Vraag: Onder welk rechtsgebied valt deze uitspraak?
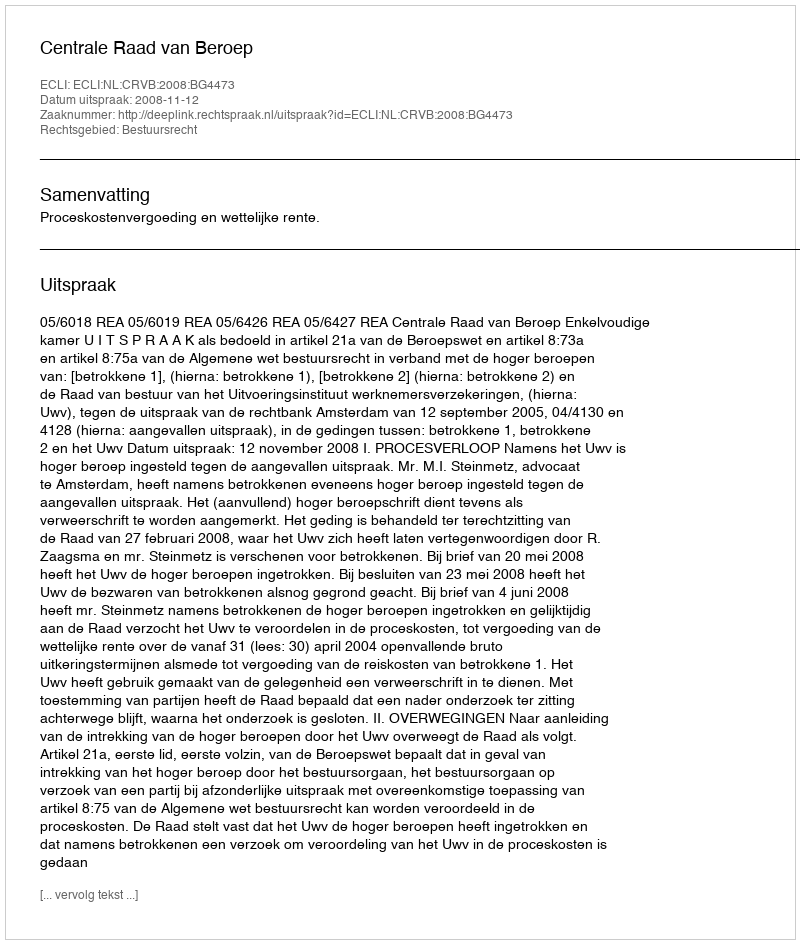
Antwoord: Bestuursrecht